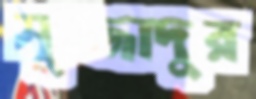
সুজ্জাদুর